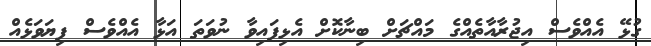
ގުޅޭ އެއްވެސް އިޖުރާއާތެއްގެ މައްޗަށް ބިނާކޮށް އެޅިފައިވާ ނުވަތަ އަޅާ އެއްވެސް ފިޔަވަޅެއް